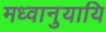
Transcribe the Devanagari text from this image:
मध्वानुयायि